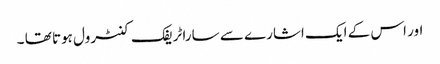
اور اس کے ایک اشارے سے سارا ٹریفک کنٹرول ہوتا تھا ۔